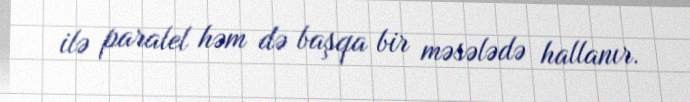
ilə paralel həm də başqa bir məsələdə hallanır.